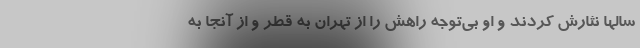
سالها نثارش کردند و او بی‌توجه راهش را از تهران به قطر و از آنجا به